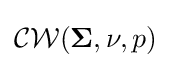
{\mathcal {CW}}({\mathbf {\Sigma } },\nu ,p)